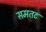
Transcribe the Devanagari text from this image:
समतट